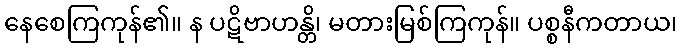
နေစေကြကုန်၏။ န ပဋိဗာဟန္တိ၊ မတားမြစ်ကြကုန်။ ပစ္စနီကတာယ၊